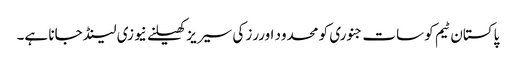
پاکستان ٹیم کو سات جنوری کو محدود اوررز کی سیریز کھیلنے نیوزی لینڈ جانا ہے۔